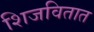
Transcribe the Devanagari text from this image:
शिजवितात